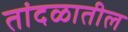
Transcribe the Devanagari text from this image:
तांदळातील